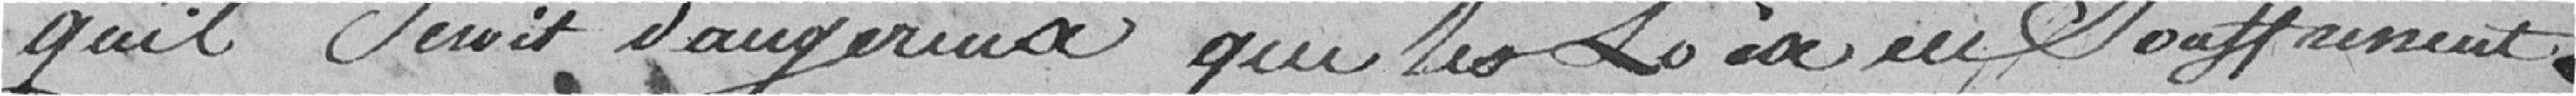
qu'il serait dangereux que les lois en souffrirent